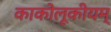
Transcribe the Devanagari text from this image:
काकोलूकीयम्